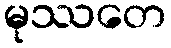
မုဿတေ